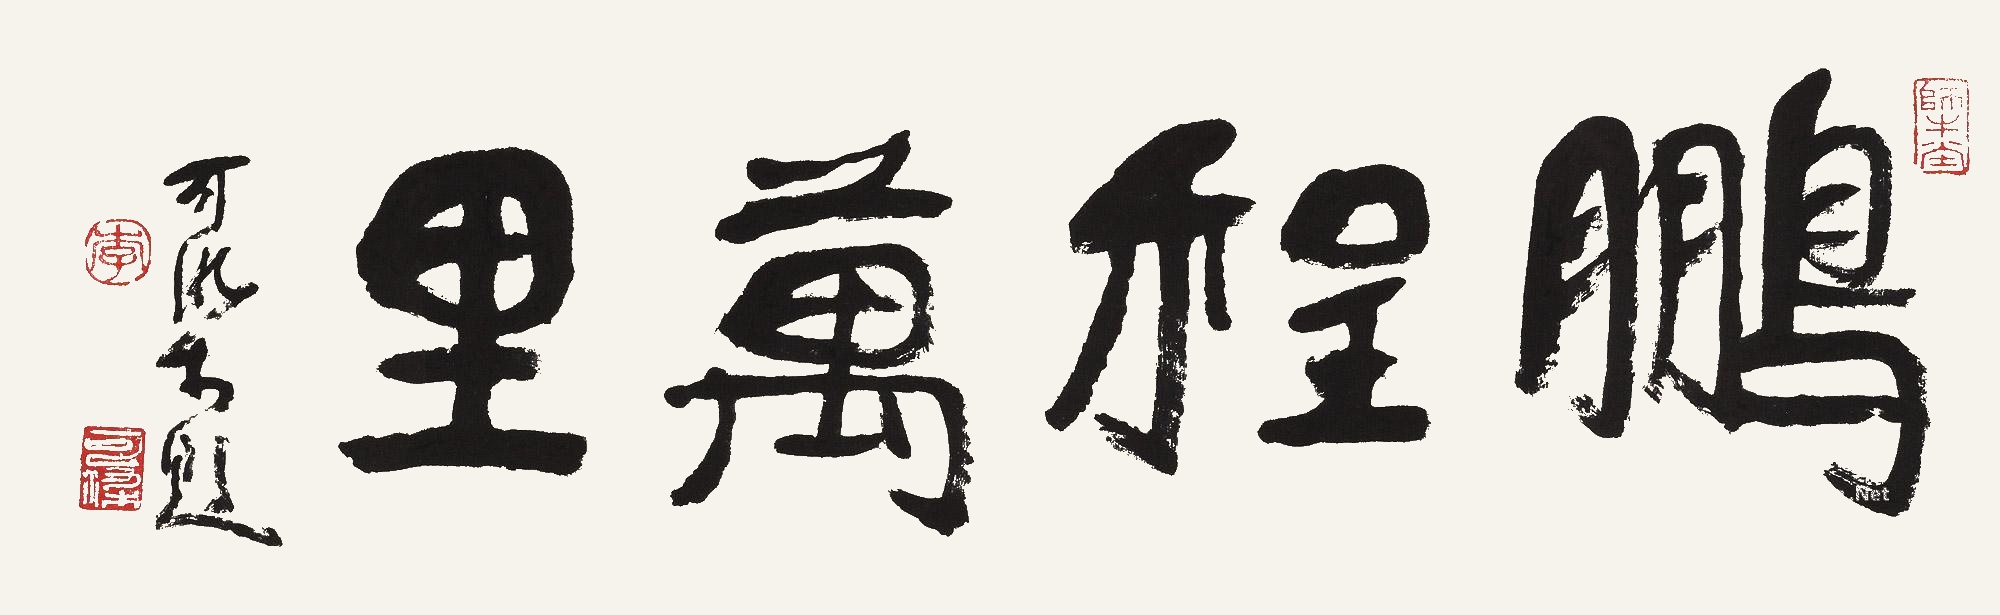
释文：鹏程万里可染题。